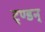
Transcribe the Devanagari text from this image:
ट्ण्डन्